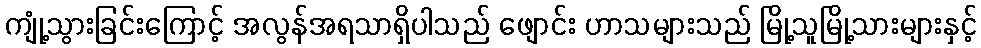
ကျုံ့သွားခြင်းကြောင့် အလွန်အရသာရှိပါသည် ဖျောင်း ဟာသများသည် မြို့သူမြို့သားများနှင့်